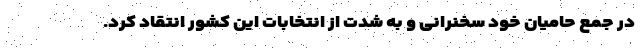
در جمع حامیان خود سخنرانی و به شدت از انتخابات این کشور انتقاد کرد.